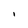
Character: I